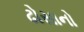
ઢોસાનો